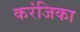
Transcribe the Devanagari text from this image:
करंजिका